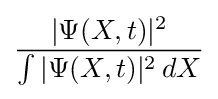
{\frac {|\Psi (X,t)|^{2}}{\int |\Psi (X,t)|^{2}\,dX}}